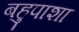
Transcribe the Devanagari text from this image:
बहुपाशा